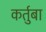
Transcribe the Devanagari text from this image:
कर्तुबा